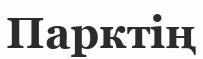
Парктің